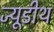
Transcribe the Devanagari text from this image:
ज्यूडीथ